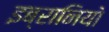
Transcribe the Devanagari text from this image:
इब्रानियो